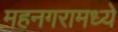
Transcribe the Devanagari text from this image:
महनगरामध्ये